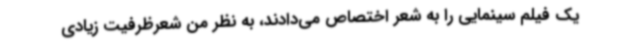
یک فیلم سینمایی را به شعر اختصاص می‌دادند، به نظر من شعرظرفیت زیادی